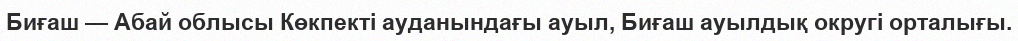
Биғаш — Абай облысы Көкпекті ауданындағы ауыл, Биғаш ауылдық округі орталығы.